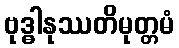
ဗုဒ္ဓါနုဿတိမုတ္တမံ